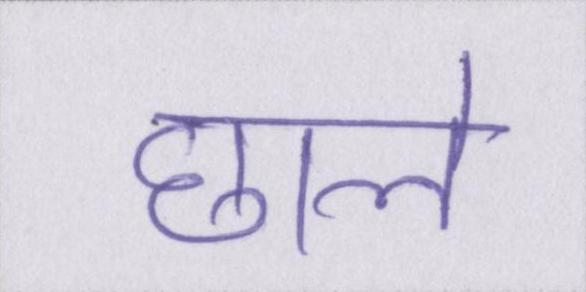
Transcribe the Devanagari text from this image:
छाले